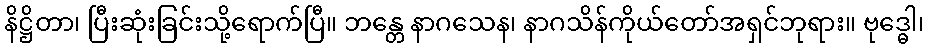
နိဋ္ဌိတာ၊ ပြီးဆုံးခြင်းသို့ရောက်ပြီ။ ဘန္တေ နာဂသေန၊ နာဂသိန်ကိုယ်တော်အရှင်ဘုရား။ ဗုဒ္ဓေါ၊